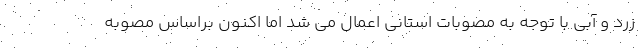
زرد و آبی با توجه به مصوبات استانی اعمال می شد اما اکنون براساس مصوبه